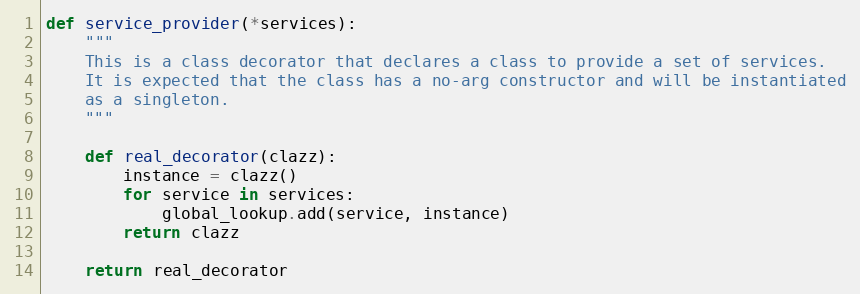
Language: Python
def service_provider(*services):
    """
    This is a class decorator that declares a class to provide a set of services.
    It is expected that the class has a no-arg constructor and will be instantiated
    as a singleton.
    """

    def real_decorator(clazz):
        instance = clazz()
        for service in services:
            global_lookup.add(service, instance)
        return clazz

    return real_decorator